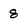
Character: 8